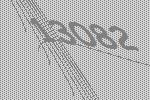
13082